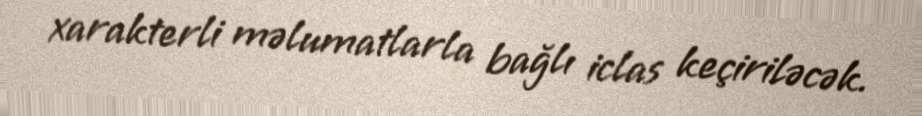
xarakterli məlumatlarla bağlı iclas keçiriləcək.